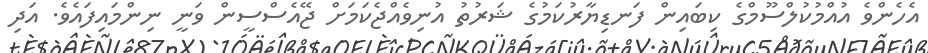
އެހެންވެ އުއްމުކުލްސޫމްގެ ކިބައިން ފަނޑިޔާރުކަމުގެ ޝަރުތު އުނިވެއްޖެކަމަށް ޖޭއެސްސީން ވަނީ ނިންމައިފައެވެ. އަދި